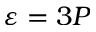
\varepsilon = 3 P